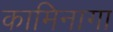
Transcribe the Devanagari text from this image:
कामिनागा